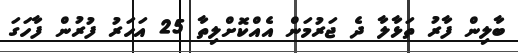
ބާލިން ފާރު ތަޅާލާ ދެ ޖަރުމަން އެއްކޮށްލިތާ 25 އަހަރު ފުރުން ފާހަގަ